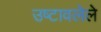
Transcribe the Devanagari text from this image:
उष्टावलेले